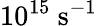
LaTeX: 10^{15}~\mathrm{{s}^{-1}}